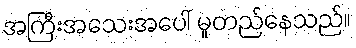
အကြီးအသေးအပေါ် မူတည်နေသည်။